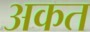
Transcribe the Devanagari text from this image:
अकत